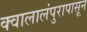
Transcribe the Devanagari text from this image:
क्वालालंपुरापासून